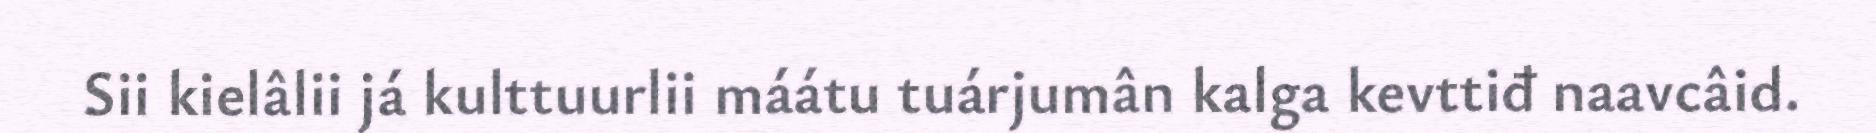
Sii kielâlii já kulttuurlii máátu tuárjumân kalga kevttiđ naavcâid.